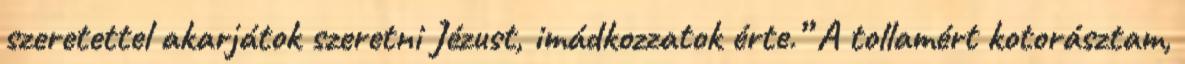
szeretettel akarjátok szeretni Jézust, imádkozzatok érte.” A tollamért kotorásztam,